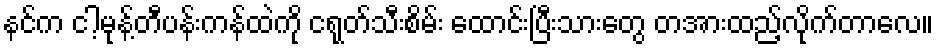
နင်က ငါ့မုန့်တီပန်းကန်ထဲကို ငရုတ်သီးစိမ်း ထောင်းပြီးသားတွေ တအားထည့်လိုက်တာလေ။